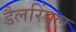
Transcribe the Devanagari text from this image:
डैलरिंपल